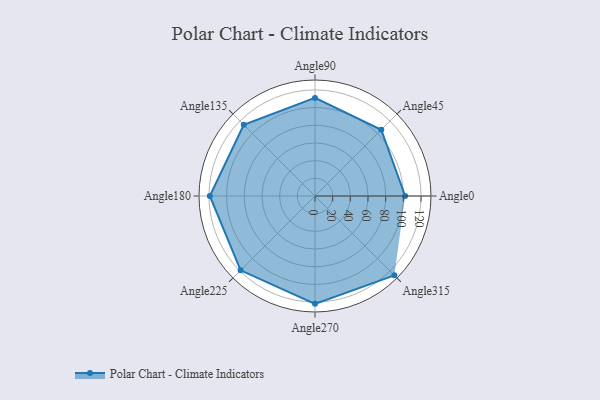
{"axis": {"x": "Angle", "y": "Radius"}, "legend": [""], "data": [{"x": "Angle0", "y": 102.0, "type": ""}, {"x": "Angle45", "y": 106.0, "type": ""}, {"x": "Angle90", "y": 111.0, "type": ""}, {"x": "Angle135", "y": 114.0, "type": ""}, {"x": "Angle180", "y": 119.0, "type": ""}, {"x": "Angle225", "y": 119.0, "type": ""}, {"x": "Angle270", "y": 122.0, "type": ""}, {"x": "Angle315", "y": 127.0, "type": ""}]}